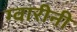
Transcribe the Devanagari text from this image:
ग्वारीनी